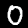
Label: 0